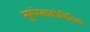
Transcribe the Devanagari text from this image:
न्युरोग्लाकोपिनिया